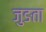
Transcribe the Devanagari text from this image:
जुङता